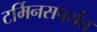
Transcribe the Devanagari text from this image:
टर्मिनसपर्यंत